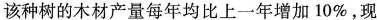
该种树的木材产量每年均比上一年增加 10%，现